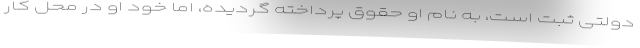
دولتی ثبت است، به نام او حقوق پرداخته گردیده، اما خود او در محل کار